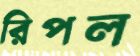
রিপল